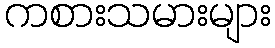
ကစားသမားများ